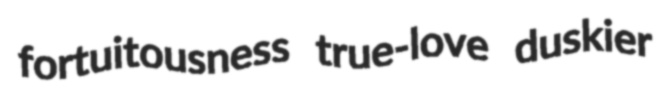
fortuitousness true-love duskier